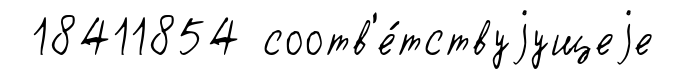
18411854 соотв'е́тствуjущеjе